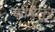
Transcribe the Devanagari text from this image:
कीबेलूर